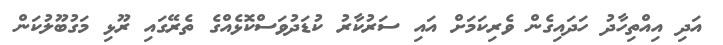
އަދި އިއްތިހާދު ހަދައިގެން ވެރިކަމަށް އައި ސަރުކާރު ކުޑަދުވަސްކޮޅެއްގެ ތެރޭގައި ރޫޅި މަގުބޫލުކަން